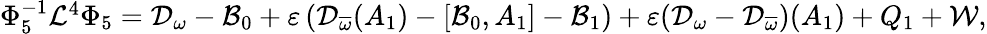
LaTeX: \begin{array}{r}{\Phi_{5}^{-1}\mathcal{L}^{4}\Phi_{5}=\mathcal{D}_{\omega}-\mathcal{B}_{0}+\varepsilon\left(\mathcal{D}_{\overline{{\omega}}}(A_{1})-[\mathcal{B}_{0},A_{1}]-\mathcal{B}_{1}\right)+\varepsilon(\mathcal{D}_{\omega}-\mathcal{D}_{\overline{{\omega}}})(A_{1})+Q_{1}+\mathcal{W},}\end{array}